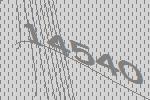
14540